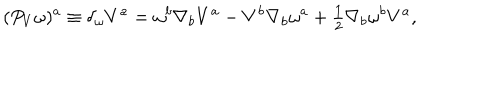
( P _ { V } \omega ) ^ { a } \equiv \delta _ { \omega } V ^ { a } = \omega ^ { b } \nabla _ { b } V ^ { a } - V ^ { b } \nabla _ { b } \omega ^ { a } + { \textstyle { \frac { 1 } { 2 } } } \nabla _ { b } \omega ^ { b } V ^ { a } ,